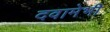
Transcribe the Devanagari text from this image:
दवामेभी